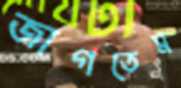
জাগতেম